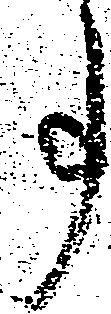
事